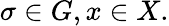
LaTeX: \sigma\in G,x\in X.